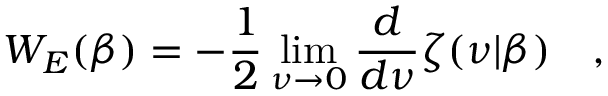
W _ { E } ( \beta ) = - \frac 1 2 \operatorname * { l i m } _ { \nu \rightarrow 0 } { \frac { d } { d \nu } } \zeta ( \nu | \beta ) ~ ~ ~ ,